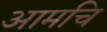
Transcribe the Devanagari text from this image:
आमचि